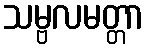
သမ္ဗလမတ္တာ